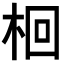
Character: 𣑩